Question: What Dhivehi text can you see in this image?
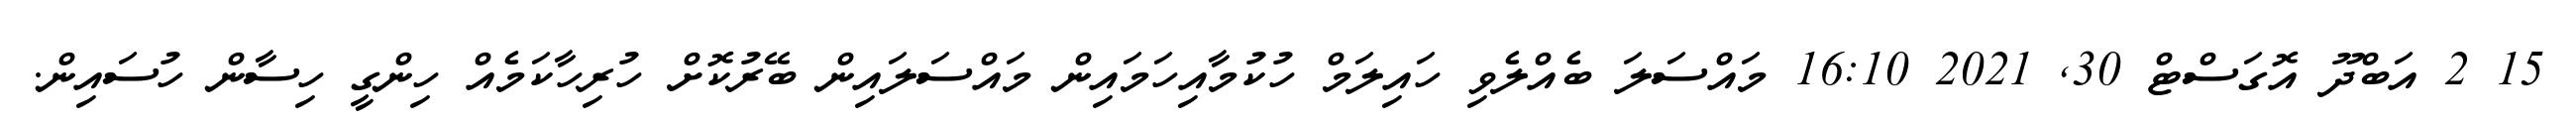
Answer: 15 2 އަބްދޫ އޮގަސްޓް 30, 2021 16:10 މައްސަލަ ބެއްލެވި ހައިލަމް ހުކުމާއިހަމައިން މައްސަލައިން ބޭރުކޮށް ހުރިހާކަމެއް ހިންގީ ހިސާން ހުސައިން.